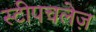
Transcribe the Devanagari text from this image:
स्टीपचलेज़